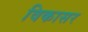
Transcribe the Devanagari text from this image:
विकासर